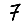
Digit: 7